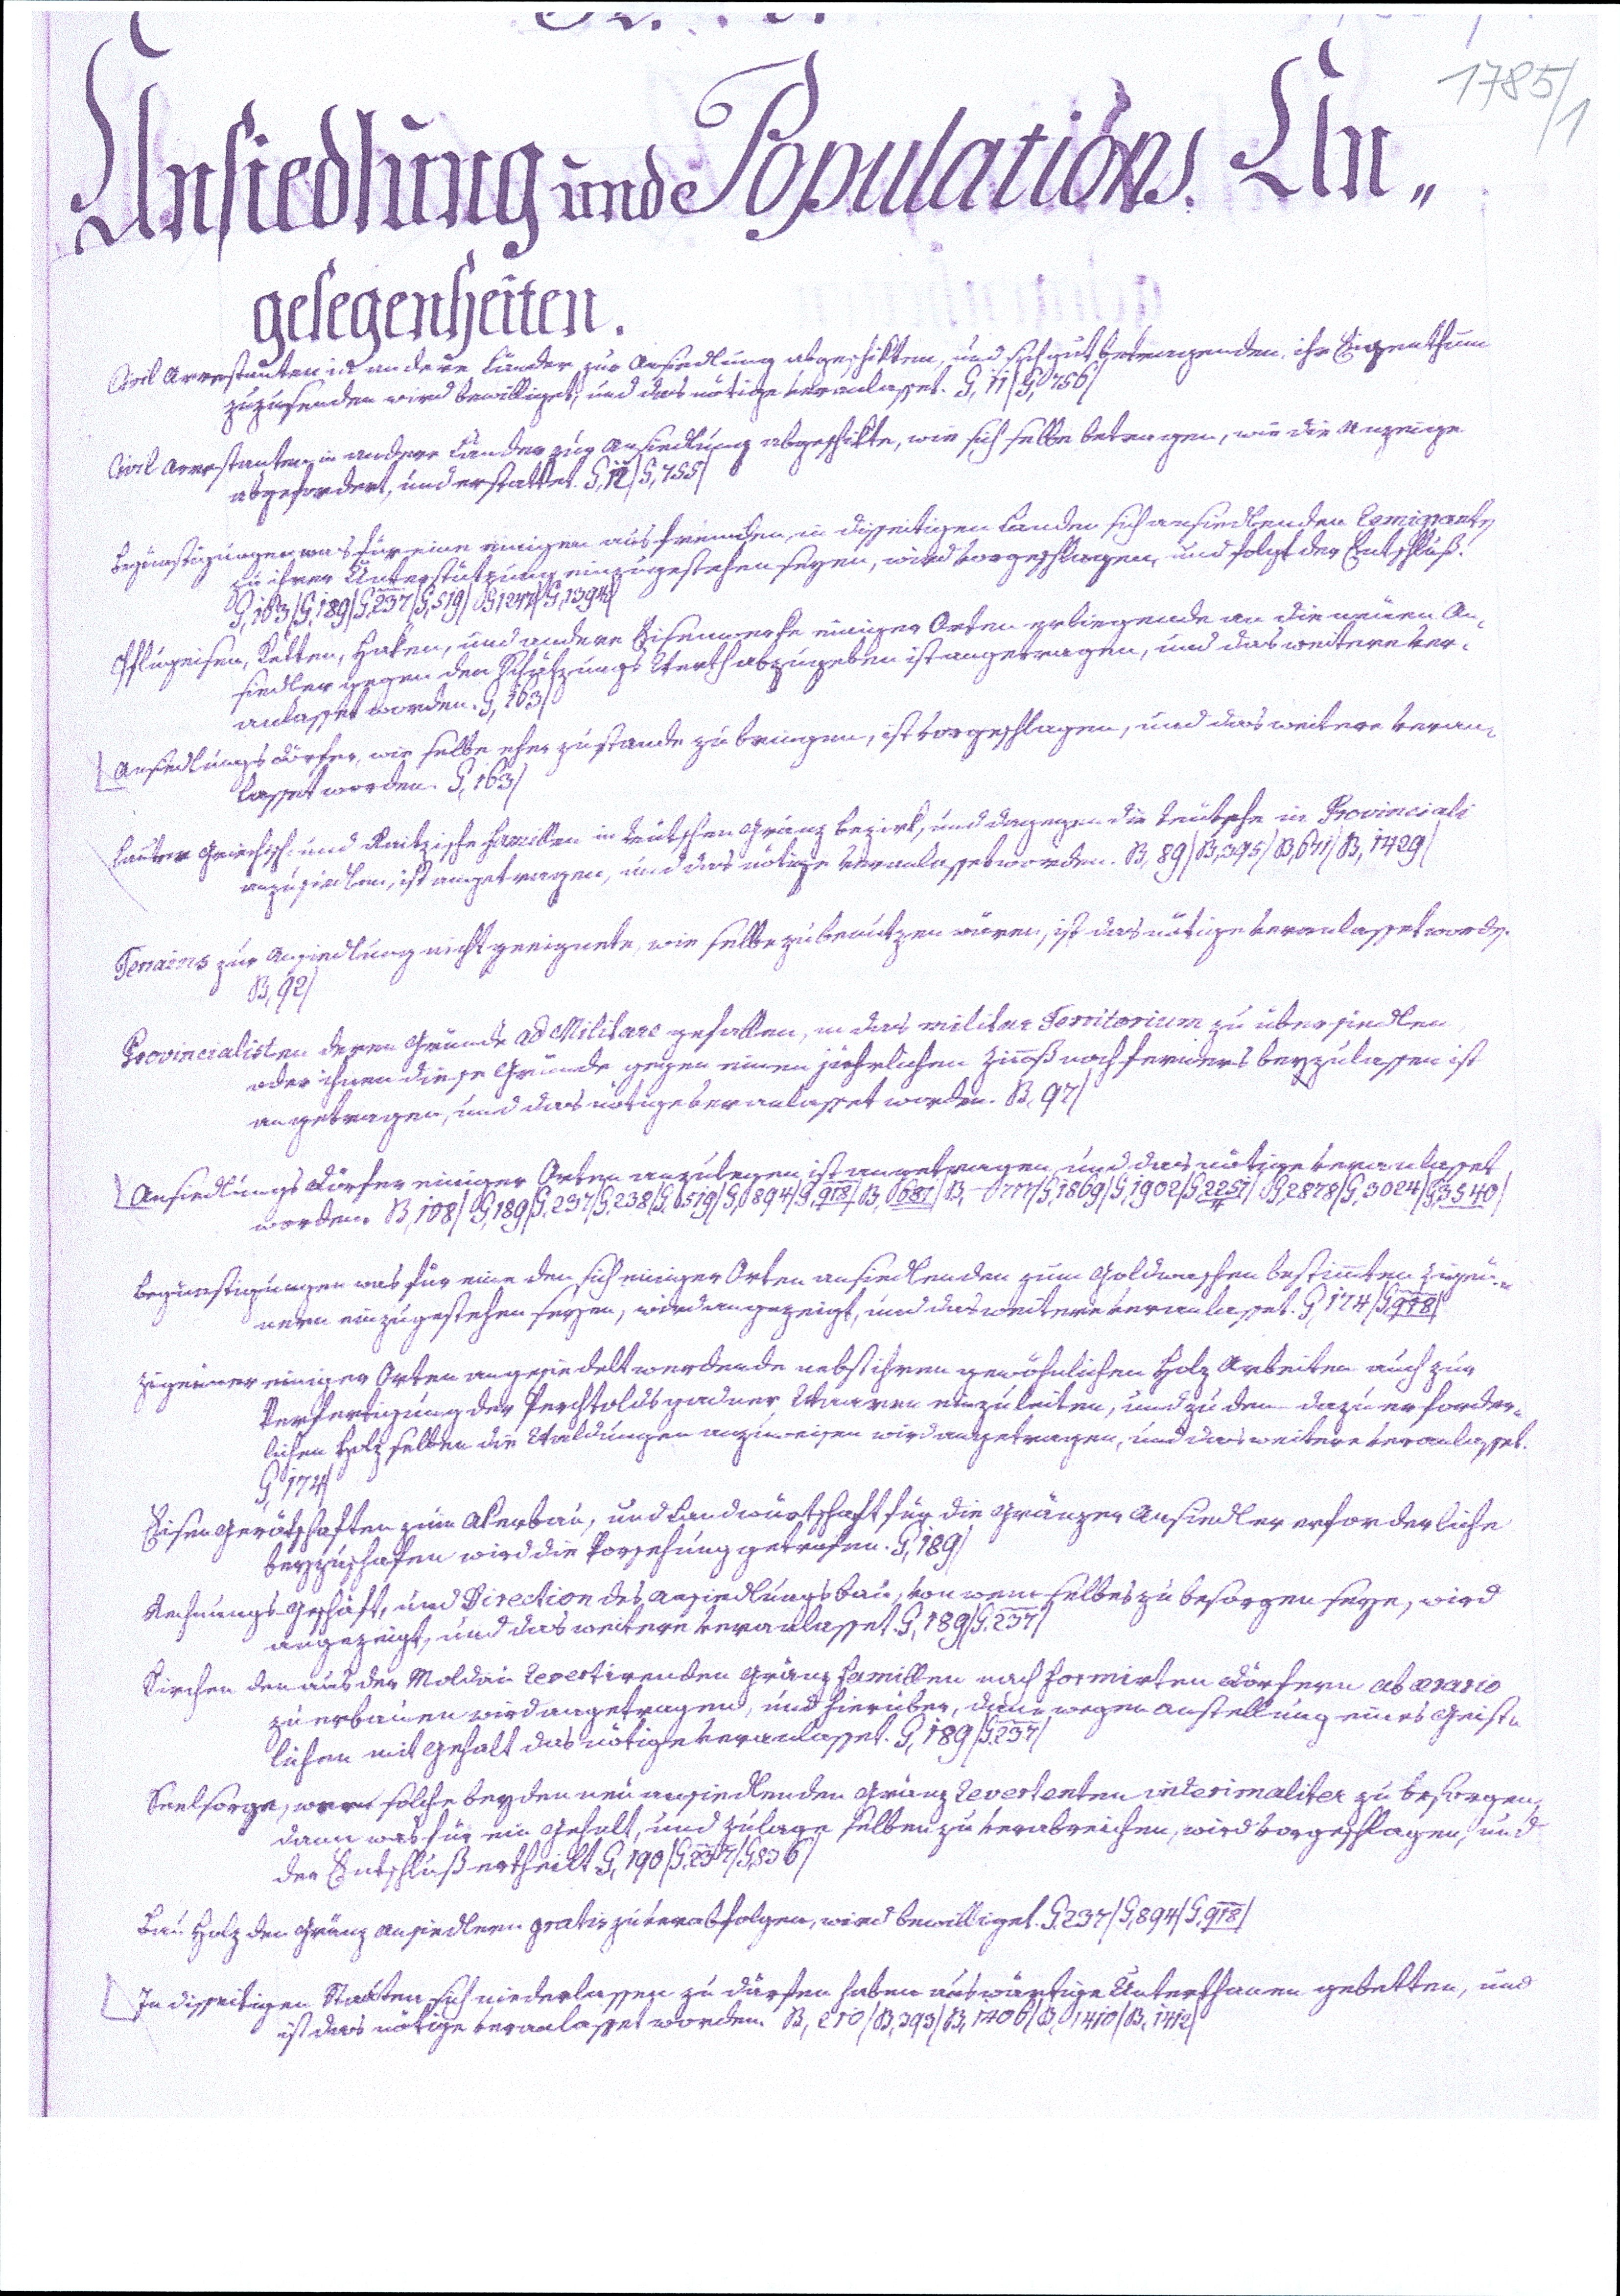
1785/1
Ansiedlung und Populations An¬
gelegenheiten.
Civil Arrestanten in andere Länder zur Ansiedlung abgeschikten, und sich gut betragenden, ihr Eigenthum
zuzusenden wird bewilliget, und das nötige veranlasset. G,11/G,756/
Civil Arrestanten in andere Länder zur Ansiedlung abgeschikte, wie sich selbe betragen, wie die Anzeige
abgefordert, und erstattet. G,12/G,755/
Begünstigungen was für eine einigen aus fremden, in disseitigen Landen sich ansiedlenden Remigranten
zu ihrer Unterstützung einzugestehen seyen, wird vorgeschlagen, und folgt der Entschluß.
G,163/G,189/G,237/G,519/G1247/G,1394/
Pflugeisen, Ketten, Haken, und andere Eisenwerke einiger Orten erliegende an die neuen An¬
siedler gegen den Schätzungs Werth abzugeben ist angetragen, und das weitere ver¬
anlasset worden. G,163/
Ansiedlungs Dörfer, wie selbe eher zustande zu bringen, ist vorgeschlagen, und das weitere veran¬
lasset worden. G,163/
Lauter Griechische und Raitzische Famillen in teutschen Gränzbezirk, und dagegen die teutsche in Provinciali
anzusiedlen, ist angetragen, und das nötige veranlasset worden. B,89/B,395/B,671/B,1429/
Terrains zur Ansiedlung nicht geeignete, wie selbe zu benutzen wären, ist das nötige veranlasset worden.
B,92/
Provincialisten deren Gründe ad Militare gefallen, in das militar Territorium zu übersiedlen,
oder ihnen diese Gründe gegen einen jährlichen Zinnß noch ferners beyzulassen ist
angetragen, und das nötige veranlasset worden. B,97/
Ansiedlungs Dörfer einiger Orten anzulegen ist angetragen, und das nötige veranlasset
worden. B,108/G,189/G,237/G,238/G,519/G,894/G,918/B,681/B,777/G,1869/G,1902/G,2251/4/G,2878/G,3024/G,3540/
Begünstigungen was für eine den sich einiger Orten ansiedlenden zum Goldwaschen bestimmten Zigeu¬
nern einzugestehen seyen, wird angezeigt, und das weitere veranlasset. G,174//G,998/
Zigeuner einiger Orten angesiedelt werdende nebst ihren gewöhnlichen Holz Arbeiten auch zur
Verfertigung der Perchtoldsgadner Waaren einzuleiten, und zu den dazu erforder¬
lichen Holz selben die Waldungen anzuweisen wird angetragen, und das weitere veranlasset.
G,174/
Eisen Gerätschaften zum Akerbau, und Landwürtschaft für die Gränzer Ansiedler erforderliche
beyzuschafen wird die Vorsehung getrofen. G,189/
Rechnungs-Geschäft, und Direction des Ansiedlungsbau, von wem welbes zu besorgen seye, wird
angezeigt, und das weitere veranlasset. G,189/G,237/
Kirchen den aus der Moldau Revertirenden Gränz Famillen nach formirten Dörfern ab aerario
zu erbauen wird angetragen, und hierüber, dann wegen Anstellung eines Geist¬
lichen mit Gehalt das nötige veranlasset. G,189/G,237/
Seelsorge, war solche bey den neu ansiedlenden Gränz Revertenten interimaliter zu besorgen,
dann was für ein Gehalt, und Zulage selben zu verabreichen, wird vorgeschlagen, und
der Entschluß ertheilt. G,190/G,237/G,836/
Bau Holz den Gränz Ansiedlern gratis zu verabfolgen, wird bewilliget. G,237/G,894/G,918/
In disseitigen Staaten sich niederlassen zu dürfen haben auswärtige Unterthanen gebetten, und
ist das nötige veranlasset worden. B,210/B,393/B,1406/B,1410/B,1412/